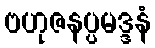
ဗဟုဇနပ္ပမဒ္ဒနံ